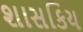
શાસકિય